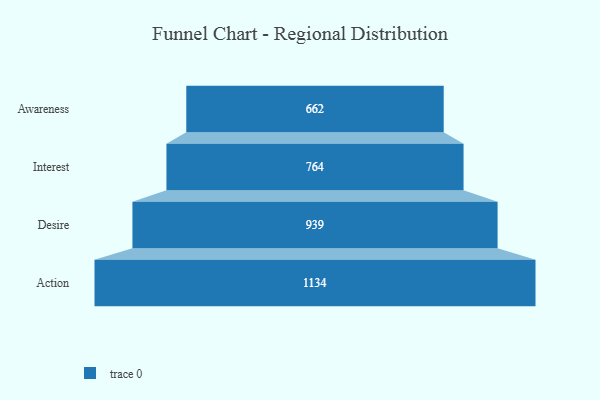
{"axis": {"x": "Stage", "y": "Value"}, "legend": [""], "data": [{"x": "Awareness", "y": 662.0, "type": ""}, {"x": "Interest", "y": 764.0, "type": ""}, {"x": "Desire", "y": 939.0, "type": ""}, {"x": "Action", "y": 1134.0, "type": ""}]}